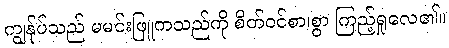
ကျွန်ုပ်သည် မမင်းဖြူကသည်ကို စိတ်ဝင်စာ၊စွာ ကြည့်ရှုလေ၏။